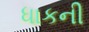
ધાકની